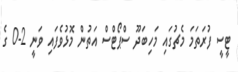
ޓީސީ ފުރަތަމަ މެޗުގައި މަހިބަދޫ ސްޕޯޓްސް އަތުން މޮޅުވެފައި ވަނީ 2-0 ގެ